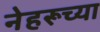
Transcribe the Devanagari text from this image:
नेहरूच्या